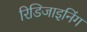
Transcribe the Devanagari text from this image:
रिडिजाइनिंग